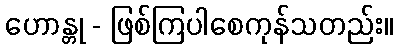
ဟောန္တု - ဖြစ်ကြပါစေကုန်သတည်း။